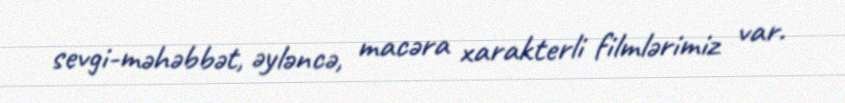
sevgi-məhəbbət, əyləncə, macəra xarakterli filmlərimiz var.